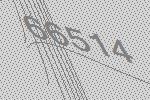
66514